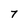
Character: 7